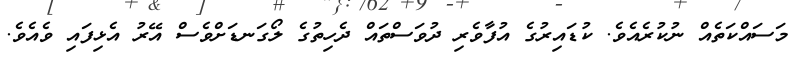
މަސައްކަތެއް ނުކުރެއެވެ. ކުޑައިރުގެ އުފާވެރި ދުވަސްތައް ދެހިތުގެ ލޯގަނޑަށްވެސް އޭރު އެޅިފައި ވެއެވެ.